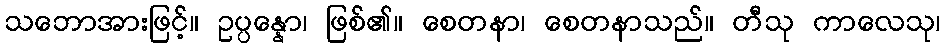
သဘောအားဖြင့်။ ဥပ္ပန္နော၊ ဖြစ်၏။ စေတနာ၊ စေတနာသည်။ တီသု ကာလေသု၊